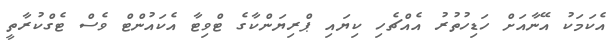
އެކަމަކު އޭނާއަށް ހަޑިހުތުރު އެއްޗެހި ކިޔައި ޕްރިޔަންކާގެ ޓްވިޓާ އެކައުންޓް ވެސް ޓެގްކުރާތީ